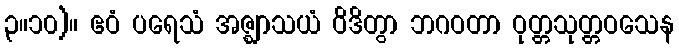
၃။၁၀)။ ဧဝံ ပရေသံ အဇ္ဈာသယံ ဝိဒိတွာ ဘဂဝတာ ဝုတ္တသုတ္တဝသေန